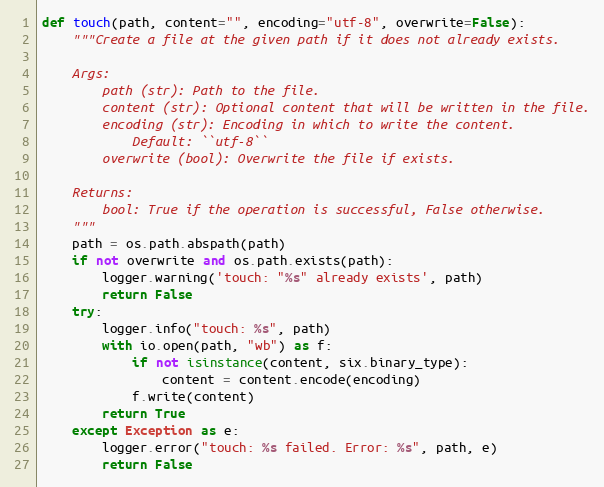
Language: Python
def touch(path, content="", encoding="utf-8", overwrite=False):
    """Create a file at the given path if it does not already exists.

    Args:
        path (str): Path to the file.
        content (str): Optional content that will be written in the file.
        encoding (str): Encoding in which to write the content.
            Default: ``utf-8``
        overwrite (bool): Overwrite the file if exists.

    Returns:
        bool: True if the operation is successful, False otherwise.
    """
    path = os.path.abspath(path)
    if not overwrite and os.path.exists(path):
        logger.warning('touch: "%s" already exists', path)
        return False
    try:
        logger.info("touch: %s", path)
        with io.open(path, "wb") as f:
            if not isinstance(content, six.binary_type):
                content = content.encode(encoding)
            f.write(content)
        return True
    except Exception as e:
        logger.error("touch: %s failed. Error: %s", path, e)
        return False